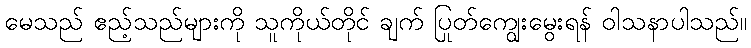
မေသည် ဧည့်သည်များကို သူကိုယ်တိုင် ချက် ပြုတ်ကျွေးမွေးရန် ဝါသနာပါသည်။